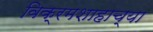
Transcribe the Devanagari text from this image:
विक्रमशाहाच्या